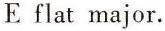
E flat major.